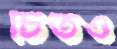
চিতও